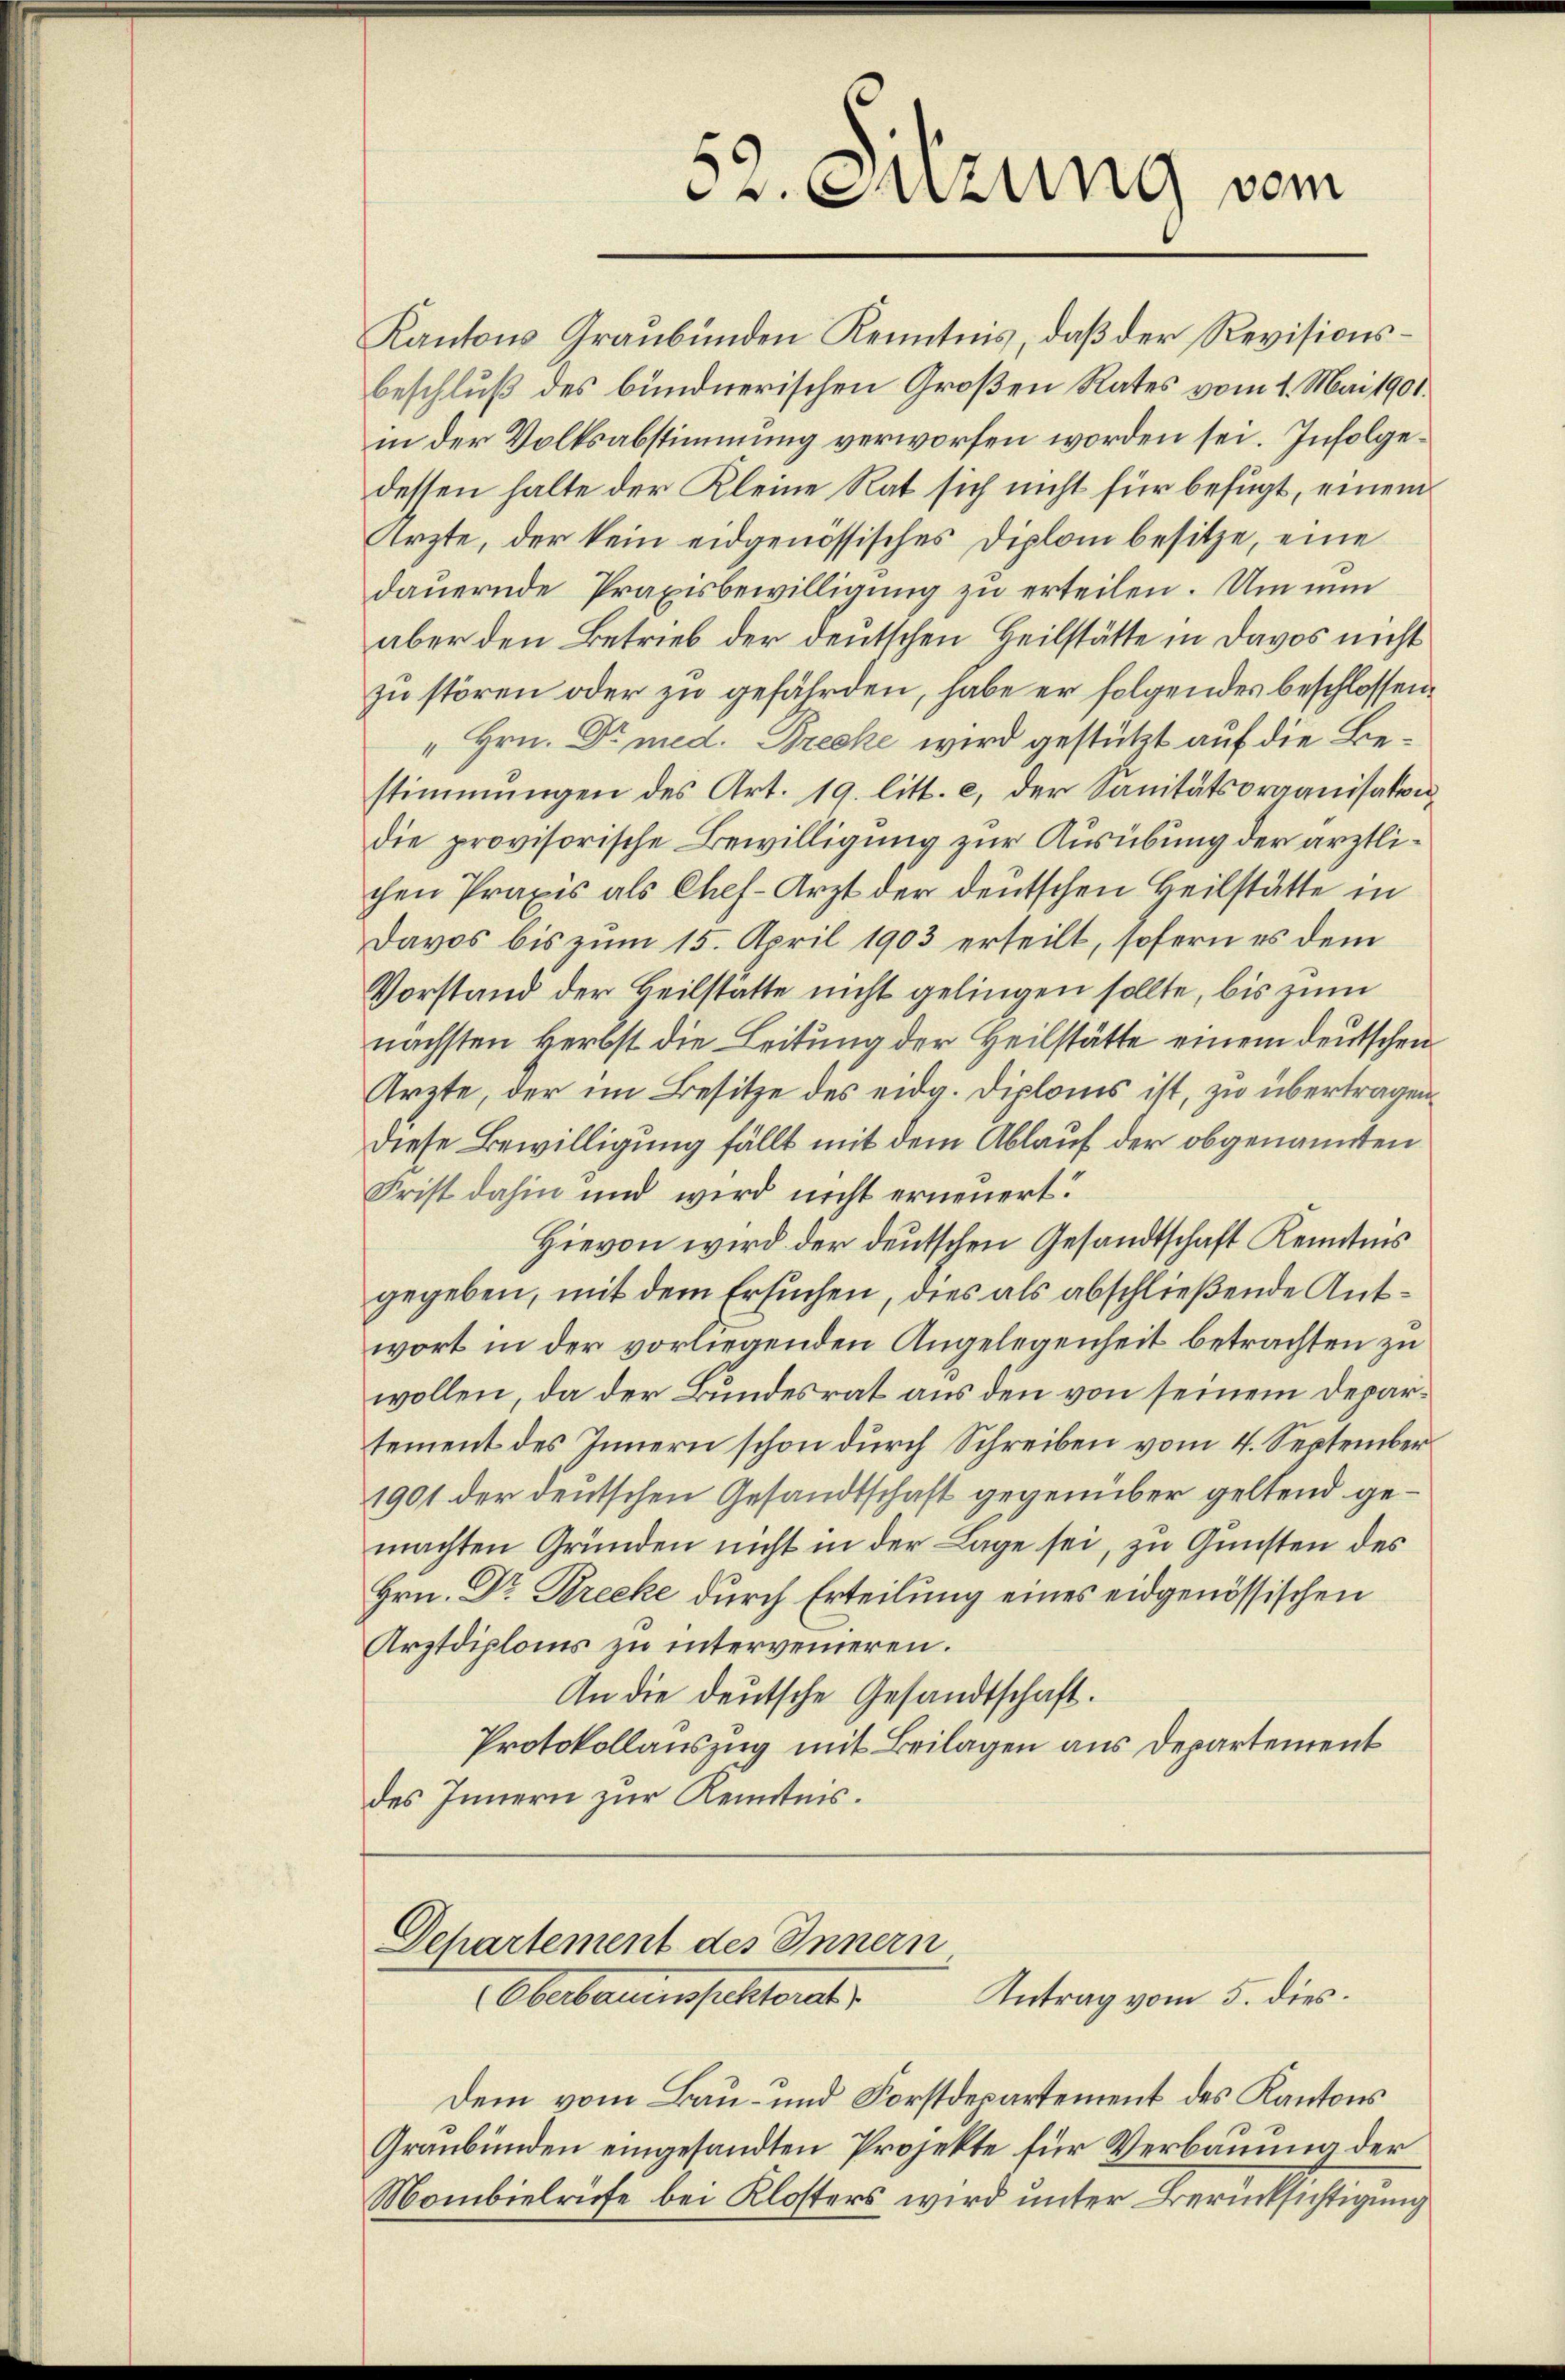
. Setzung vom

Kantons Graubünden Kenntnis, daβ der Revisionsbeschluß des bündnerischen Großen Rates vom 1. Mai 1901.
in der Volksabstimmung verworfen worden sei. Infolgedessen halte der Kleine Rat sich nicht für befugt, einem
Ärzte, der kein eidgenössisches Diplom besitze, eine
dauernde Praxisbewilligung zu erteilen. Um nun
aber den Betrieb der deutschen Heilstätte in Davos nicht
zu stören oder zu gefährden, habe er folgendes beschlossen
" Hrn. Dr med. Drecke wird gestützt auf die Bestimmungen des Art. 19. litt. c, der Sanitätsorganisaten
die provisorische Bewilligung zur Ausübung der ärztlichen Praxis als Chef-Arzt der deutschen Heilstatte in
Davos bis zum 15. April 1903 erteilt, sofern es dem
Vorstand der Heilstätte nicht gelingen sollte, bis zum
nächsten Herbst die Leitung der Heilstätte einem deutschen
Ärzte, der im Besitze des eidg. Diploms ist, zu übertragen
diese Bewilligung fällt mit dem Ablauf der obgenannten
Frist dahin und wird nicht erneuert.
Hievon wird der deutschen Gesandtschaft Kenntnis
gegeben, mit dem Ersuchen, dies als abschließende Antwort in der vorliegenden Angelegenheit betrachten zu
wollen, da der Bundesrat aus den von seinem Departement des Innern schon durch Schreiben vom 4. September
1901 der deutschen Gesandtschaft gegenüber geltend gemachten Gründen nicht in der Lage sei, zu Gunsten des
Hrn. Dr Brecke durch Erteilung eines eidgenössischen
Arztdiploms zu intervenieren.
An die deutsche Gesandtschaft.
Protokollauszug mit Beilagen aus Departement
des Innern zur Kenntnis.

Departement des Innern
Antrag vom 5. dies
Oberbauenfelstrat

Dem vom Bau- und Forstdepartement des Kantons
Graubünden eingesandten Projekte für Verbauung der
Mombielrüfe bei Klosters wird unter Berücksichtigung